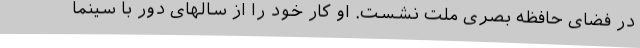
در فضای حافظه بصری ملت نشست. او کار خود را از سالهای دور با سینما